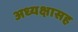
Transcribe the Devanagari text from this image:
अध्यक्षासह